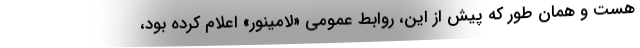
هست و همان طور که پیش از این، روابط عمومی «لامینور» اعلام کرده بود،